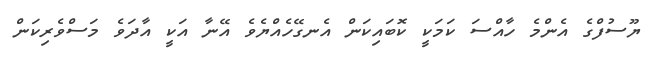
ޔޫސުފްގެ އެންމެ ހާއްސަ ކަމަކީ ކޮބައިކަން އެނގޭހެއްޔެވެ އޭނާ އަކީ އާދަވެ މަސްވެރިކަން